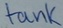
Text: tank